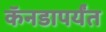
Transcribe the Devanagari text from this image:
कॅनडापर्यंत